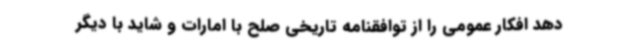
دهد افکار عمومی را از توافقنامه تاریخی صلح با امارات و شاید با دیگر